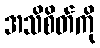
အသိစိတ်ကို